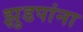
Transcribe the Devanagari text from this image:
झुडपांना